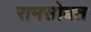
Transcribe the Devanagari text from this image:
रामसोबत